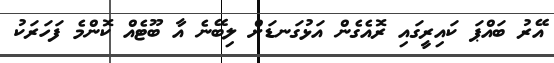
އޭރު ބައްޕަ ކައިރީގައި ރޮއެގެން އަޅުގަނޑަށް ލިބޭނެ އާ ބޫޓެެއް ކޮންމެ ފަހަރަކު